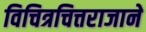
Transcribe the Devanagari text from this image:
विचित्रचित्तराजाने